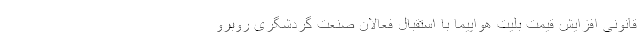
قانونی افزایش قیمت بلیت هواپیما با استقبال فعالان صنعت گردشگری روبرو